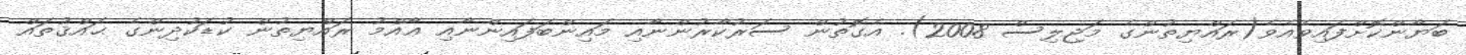
ބަޔާންކޮށްފައިވެއެވެ(ރައްޔިތުންގެ މަޖިލިސް 2008). އެގޮތުން ސަރުކާރުންނާއި މައިންބަފައިންނާއި ޢާއްމު ރައްޔިތުން ކުޑަކުދިންގެ ޙައްޤުތައް